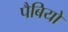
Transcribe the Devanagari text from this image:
पैबियो